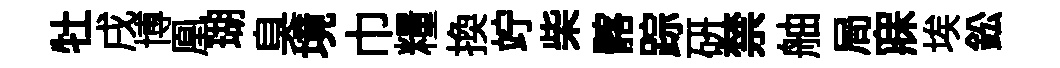
牡戌博凰瑚臭境巾糧換竚柴髂踪研禁舳局寐埃鈆